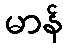
မာန်